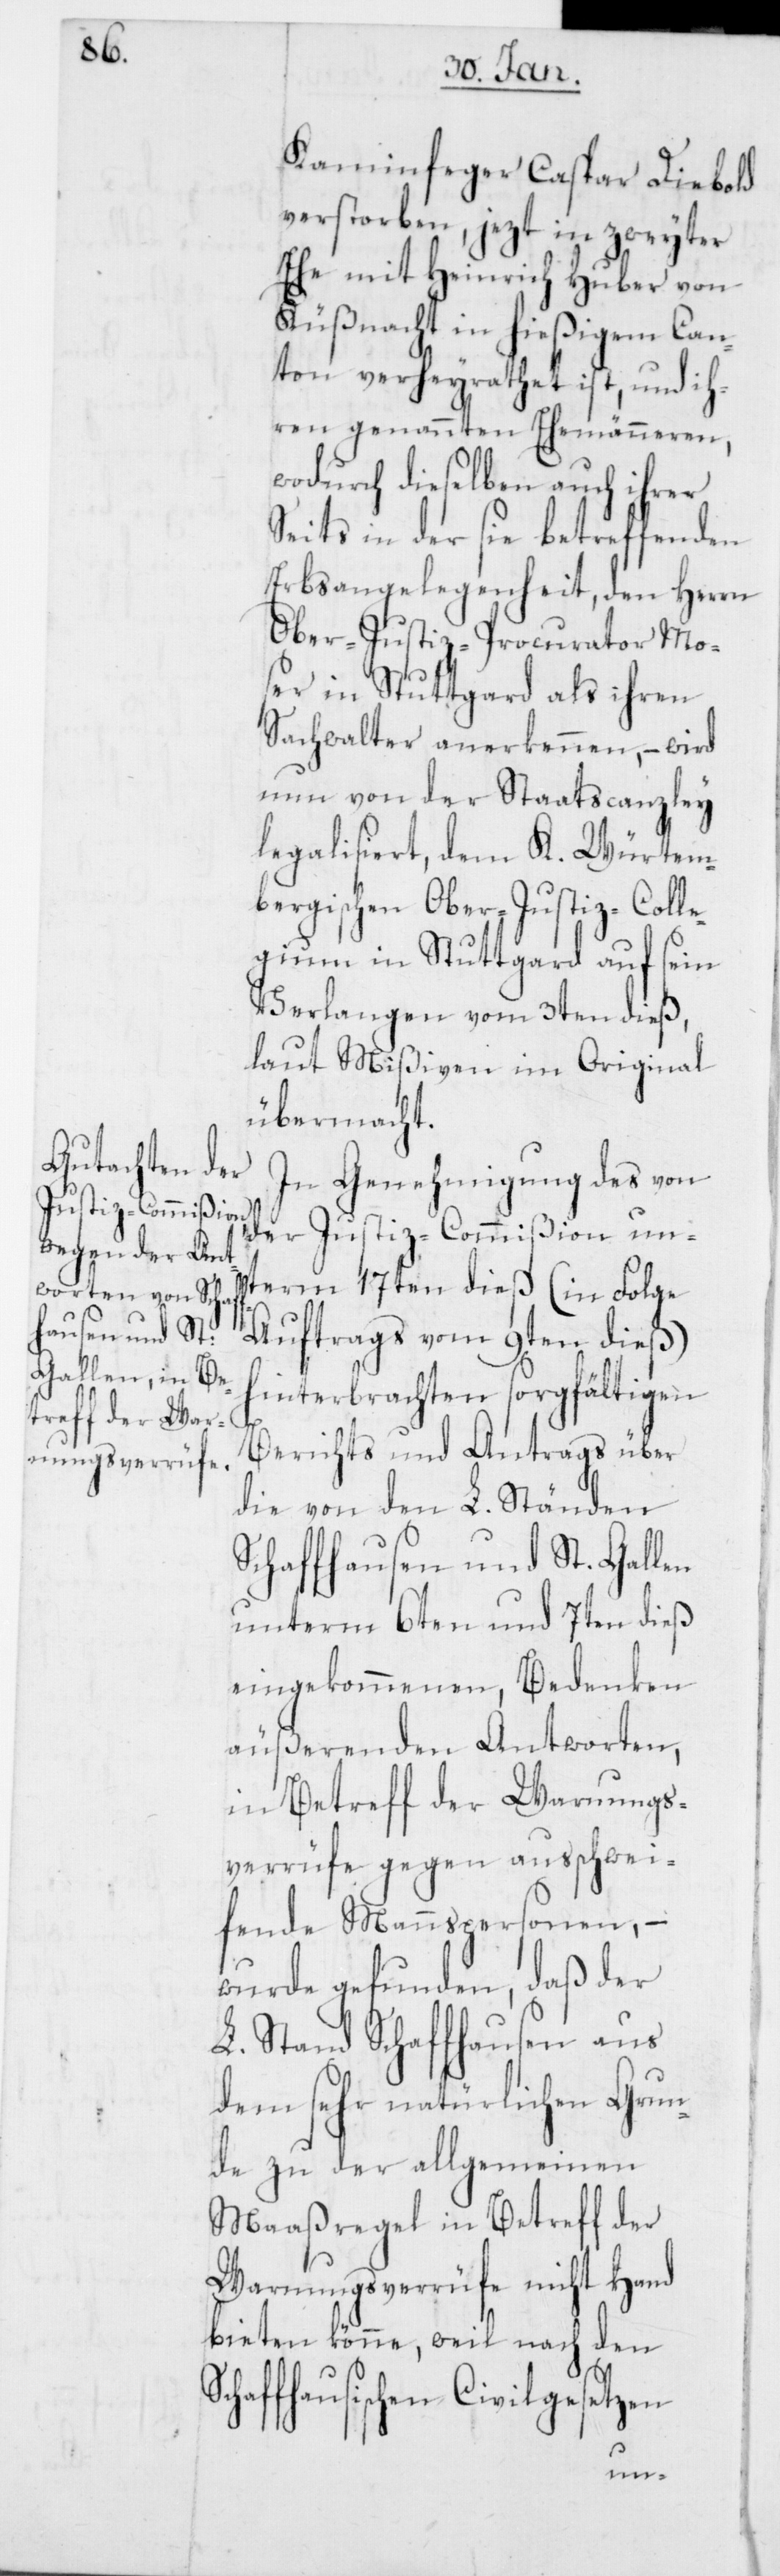
Kaminfeger Caspar Diebold
verstorben, jezt in zweyter
Ehe mit Heinrich Huber von
Küßnacht in hießigem Can¬
ton verheyrathet ist, und ih¬
ren genannten Ehemänneren,
wodurch dieselben auch ihrer
Seits in der sie betreffenden
Erbsangelegenheit, den Herrn
Ober-Justiz-Procurator Mo¬
ser in Stuttgard als ihren
Sachwalter anerkennen, – wird
nun von der Staatscanzley
legalisiert, dem K. Würtem¬
bergischen Ober-Justiz-Coll¬
gium in Stuttgard auf sein
Verlangen vom 3ten dieß,
laut Mißiven im Original
übermacht.
In Genehmigung des von
der Justiz-Commißion un¬
term 17ten dieß (in Folge
Auftrags vom 9ten dieß)
hinterbrachten sorgfältigen
Berichts und Antrags über
die von den L. Ständen
Schaffhausen und St. Gallen
unterm 6ten und 7ten dieß
eingekommenen, Bedenken
äußerenden Antworten,
in Betreff der Warnungs¬
verrüfe gegen ausschwei¬
fende Mannspersonen, –
wurde gefunden, daß der
L. Stand Schaffhausen aus
dem sehr natürlichen Grun¬
de zu der allgemeinen
Maaßregel in Betreff der
Warnungsverrüfe nicht Hand
bieten könne, weil nach den
chaffhausischen Civilgesetzen
S¬